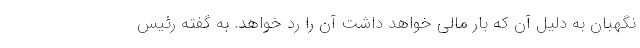
نگهبان به دلیل آن که بار مالی خواهد داشت آن را رد خواهد. به گفته رئیس